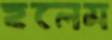
হলেম